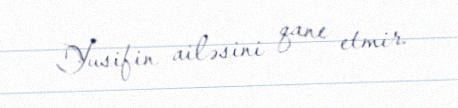
Yusifin ailəsini qane etmir.